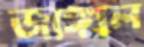
জাঙ্গাল